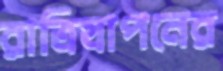
রাত্রিযাপনের